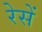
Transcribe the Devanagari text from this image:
रेसें